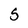
Character: S